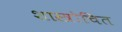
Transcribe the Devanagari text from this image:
शास्त्रोचित